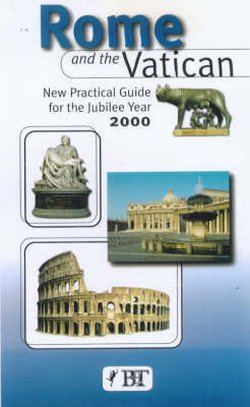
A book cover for Rome and the Vatican: New Practical Guide for the Jubilee Year 2000 (Bonechi Travel Guides); Vittorio Serra; Travel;